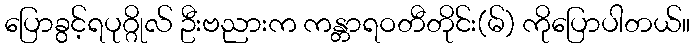
ပြောခွင့်ရပုဂ္ဂိုလ် ဦးဗညားက ကန္တာရဝတီတိုင်း(မ်) ကိုပြောပါတယ်။